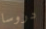
دروسا